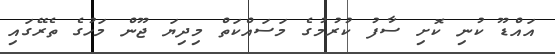
އައްޑޫ ކުނި ކޮށި ސާފު ކުރުމުގެ މަސައްކަތް މިދިޔަ ޖޫން މަހުގެ ތެރޭގައި